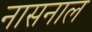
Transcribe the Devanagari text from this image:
नासनाल